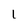
Character: 1